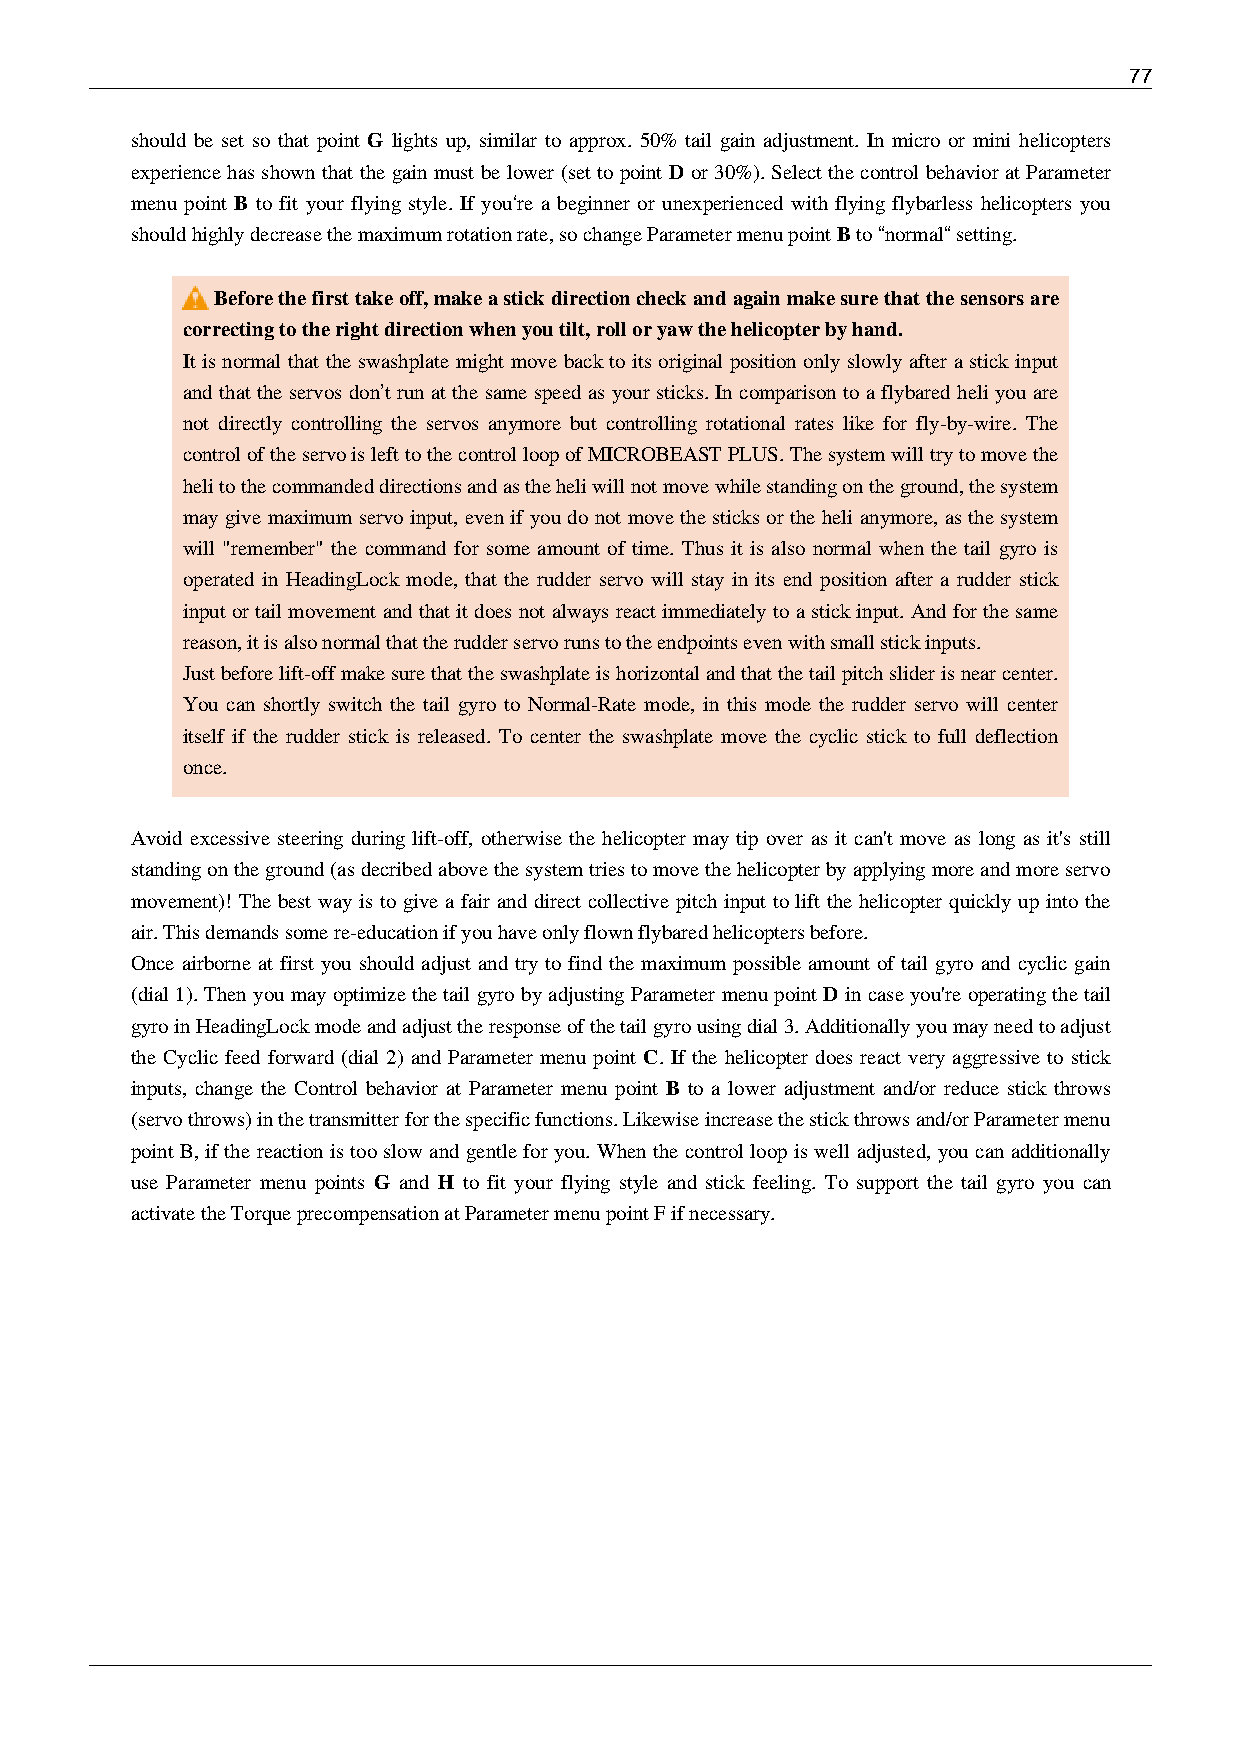
77
 should be set so that point G lights up, similar to approx. 50% tail gain adjustment. In micro or mini helicopters
 experience has shown that the gain must be lower (set to point D or 30%). Select the control behavior at Parameter
 menu point B to fit your flying style. If you‘re a beginner or unexperienced with flying flybarless helicopters you
 should highly decrease the maximum rotation rate, so change Parameter menu point B to “normal“ setting.
 Before the first take off, make a stick direction check and again make sure that the sensors are
 correcting to the right direction when you tilt, roll or yaw the helicopter by hand.
 It is normal that the swashplate might move back to its original position only slowly after a stick input
 and that the servos don’t run at the same speed as your sticks. In comparison to a flybared heli you are
 not directly controlling the servos anymore but controlling rotational rates like for fly-by-wire. The
 control of the servo is left to the control loop of MICROBEAST PLUS. The system will try to move the
 heli to the commanded directions and as the heli will not move while standing on the ground, the system
 may give maximum servo input, even if you do not move the sticks or the heli anymore, as the system
 will "remember" the command for some amount of time. Thus it is also normal when the tail gyro is
 operated in HeadingLock mode, that the rudder servo will stay in its end position after a rudder stick
 input or tail movement and that it does not always react immediately to a stick input. And for the same
 reason, it is also normal that the rudder servo runs to the endpoints even with small stick inputs.
 Just before lift-off make sure that the swashplate is horizontal and that the tail pitch slider is near center.
 You can shortly switch the tail gyro to Normal-Rate mode, in this mode the rudder servo will center
 itself if the rudder stick is released. To center the swashplate move the cyclic stick to full deflection
 once.
 Avoid excessive steering during lift-off, otherwise the helicopter may tip over as it can't move as long as it's still
 standing on the ground (as decribed above the system tries to move the helicopter by applying more and more servo
 movement)! The best way is to give a fair and direct collective pitch input to lift the helicopter quickly up into the
 air. This demands some re-education if you have only flown flybared helicopters before.
 Once airborne at first you should adjust and try to find the maximum possible amount of tail gyro and cyclic gain
 (dial 1). Then you may optimize the tail gyro by adjusting Parameter menu point D in case you're operating the tail
 gyro in HeadingLock mode and adjust the response of the tail gyro using dial 3. Additionally you may need to adjust
 the Cyclic feed forward (dial 2) and Parameter menu point C. If the helicopter does react very aggressive to stick
 inputs, change the Control behavior at Parameter menu point B to a lower adjustment and/or reduce stick throws
 (servo throws) in the transmitter for the specific functions. Likewise increase the stick throws and/or Parameter menu
 point B, if the reaction is too slow and gentle for you. When the control loop is well adjusted, you can additionally
 use Parameter menu points G and H to fit your flying style and stick feeling. To support the tail gyro you can
 activate the Torque precompensation at Parameter menu point F if necessary.